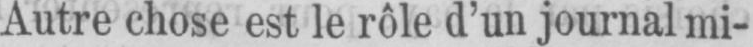
Autre chose est le rôle d’un journal mi-